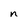
Character: n